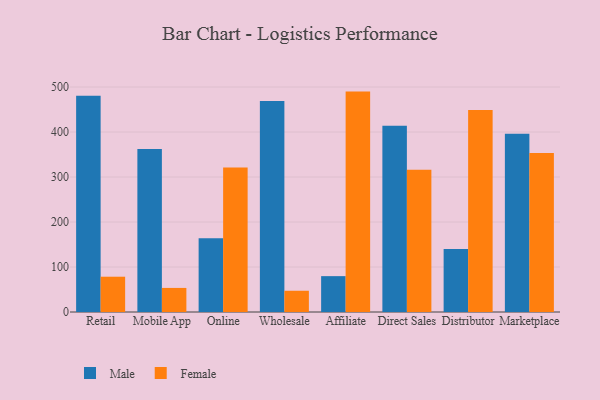
{"axis": {"x": "Channel", "y": "Satisfaction Score"}, "legend": ["Female", "Male"], "data": [{"x": "Retail", "y": 480.3, "type": "Male"}, {"x": "Retail", "y": 78.4, "type": "Female"}, {"x": "Mobile App", "y": 362.2, "type": "Male"}, {"x": "Mobile App", "y": 53.5, "type": "Female"}, {"x": "Online", "y": 163.7, "type": "Male"}, {"x": "Online", "y": 321.1, "type": "Female"}, {"x": "Wholesale", "y": 468.9, "type": "Male"}, {"x": "Wholesale", "y": 47.2, "type": "Female"}, {"x": "Affiliate", "y": 79.7, "type": "Male"}, {"x": "Affiliate", "y": 489.8, "type": "Female"}, {"x": "Direct Sales", "y": 413.7, "type": "Male"}, {"x": "Direct Sales", "y": 316.3, "type": "Female"}, {"x": "Distributor", "y": 140.0, "type": "Male"}, {"x": "Distributor", "y": 449.0, "type": "Female"}, {"x": "Marketplace", "y": 396.3, "type": "Male"}, {"x": "Marketplace", "y": 353.4, "type": "Female"}]}